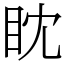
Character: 眈